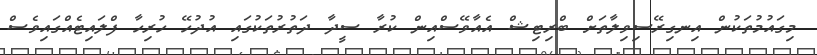
މިގައުމުތަކުން އިނގިރޭސިވިލާތަށް ބްރިޓިޝް އެއާވޭސްއިން ކުރާ ސީދާ ދަތުރުތަކުގައި އުދުހޭ ހުރިހާ ފްލައިޓެއްގައިވެސް